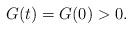
LaTeX: \begin{align*}G(t)=G(0)>0.\end{align*}